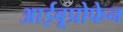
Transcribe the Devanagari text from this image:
आईबूप्रोफेन